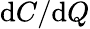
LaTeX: {\mathrm{d}}C/{\mathrm{d}}Q